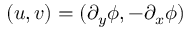
( u , v ) = ( \partial _ { y } \phi , - \partial _ { x } \phi )